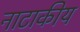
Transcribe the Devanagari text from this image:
नाटाकीय